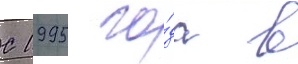
С 1995 го́да в